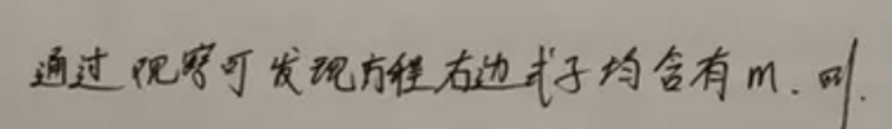
通过观察可发现方程右边式子均含有$m$.